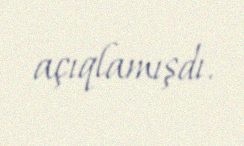
açıqlamışdı.